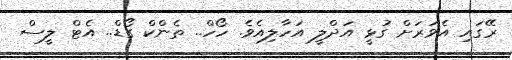
ރޭގައި އެވަރަށް ގުޅީ އަދްލީ އަހާލިއެވެ. ހޯހް.. ތެންކް ގޯޑް.. އެޓް ލީސް